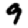
Digit: 9